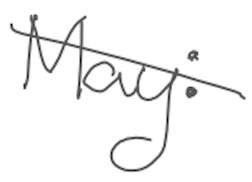
Text: May:
Cross-out: diagonal
Writing tool: digital_gray